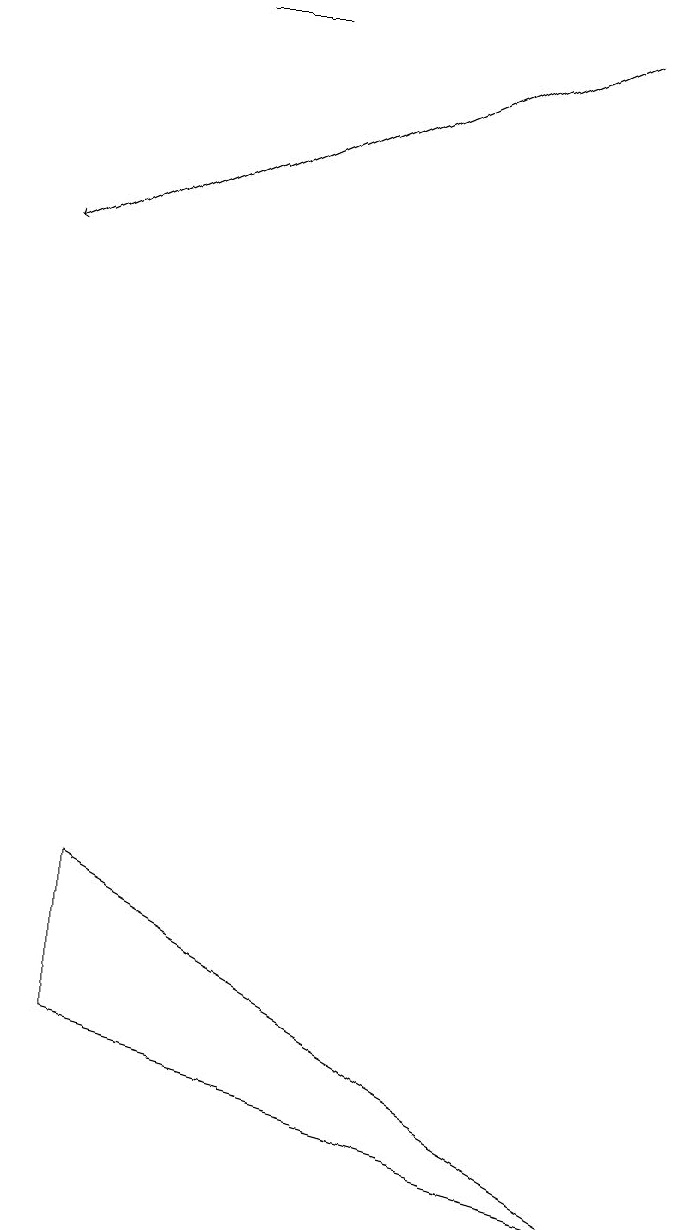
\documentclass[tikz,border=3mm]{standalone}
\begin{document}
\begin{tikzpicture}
\draw (2,19) rectangle (3,19);
\draw (8,4) -- (1,6) -- (1,8) -- cycle;
\draw[->] (7,19) -- (0,16);
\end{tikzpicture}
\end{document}